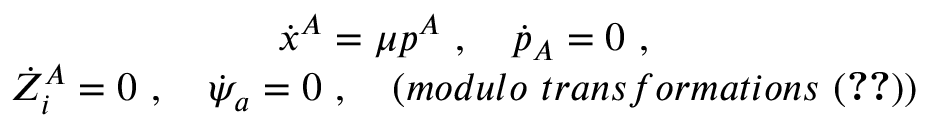
\begin{array} { c } { { \dot { x } ^ { A } = \mu p ^ { A } \ , \quad \dot { p } _ { A } = 0 \ , } } \\ { { \dot { Z } _ { i } ^ { A } = 0 \ , \quad \dot { \psi } _ { a } = 0 \ , \quad ( m o d u l o \ t r a n s f o r m a t i o n s \ ( \ref { e q r e l } ) ) } } \end{array}